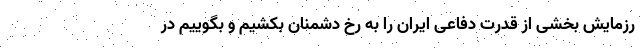
رزمایش بخشی از قدرت دفاعی ایران را به رخ دشمنان بکشیم و بگوییم در